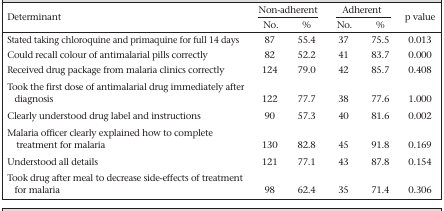
<table><thead><tr><td rowspan="2"><b>Determinant</b></td><td colspan="2"><b>Non-adherent</b></td><td colspan="2"><b>Adherent</b></td><td rowspan="2"><b>p value</b></td></tr><tr><td><b>No.</b></td><td><b>%</b></td><td><b>No.</b></td><td><b>%</b></td></tr></thead><tbody><tr><td>Stated taking chloroquine and primaquine for full 14 days</td><td>87</td><td>55.4</td><td>37</td><td>75.5</td><td>0.013</td></tr><tr><td>Could recall colour of antimalarial pills correctly</td><td>82</td><td>52.2</td><td>41</td><td>83.7</td><td>0.000</td></tr><tr><td>Received drug package from malaria clinics correctly</td><td>124</td><td>79.0</td><td>42</td><td>85.7</td><td>0.408</td></tr><tr><td>Took the first dose of antimalarial drug immediately after diagnosis</td><td>122</td><td>77.7</td><td>38</td><td>77.6</td><td>1.000</td></tr><tr><td>Clearly understood drug label and instructions</td><td>90</td><td>57.3</td><td>40</td><td>81.6</td><td>0.002</td></tr><tr><td>Malaria officer clearly explained how to complete treatment for malaria</td><td>130</td><td>82.8</td><td>45</td><td>91.8</td><td>0.169</td></tr><tr><td>Understood all details</td><td>121</td><td>77.1</td><td>43</td><td>87.8</td><td>0.154</td></tr><tr><td>Took drug after meal to decrease side-effects of treatment for malaria</td><td>98</td><td>62.4</td><td>35</td><td>71.4</td><td>0.306</td></tr></tbody></table>